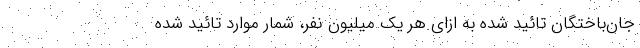
جان‌باختگان تائید شده به ازای هر یک میلیون نفر، شمار موارد تائید شده